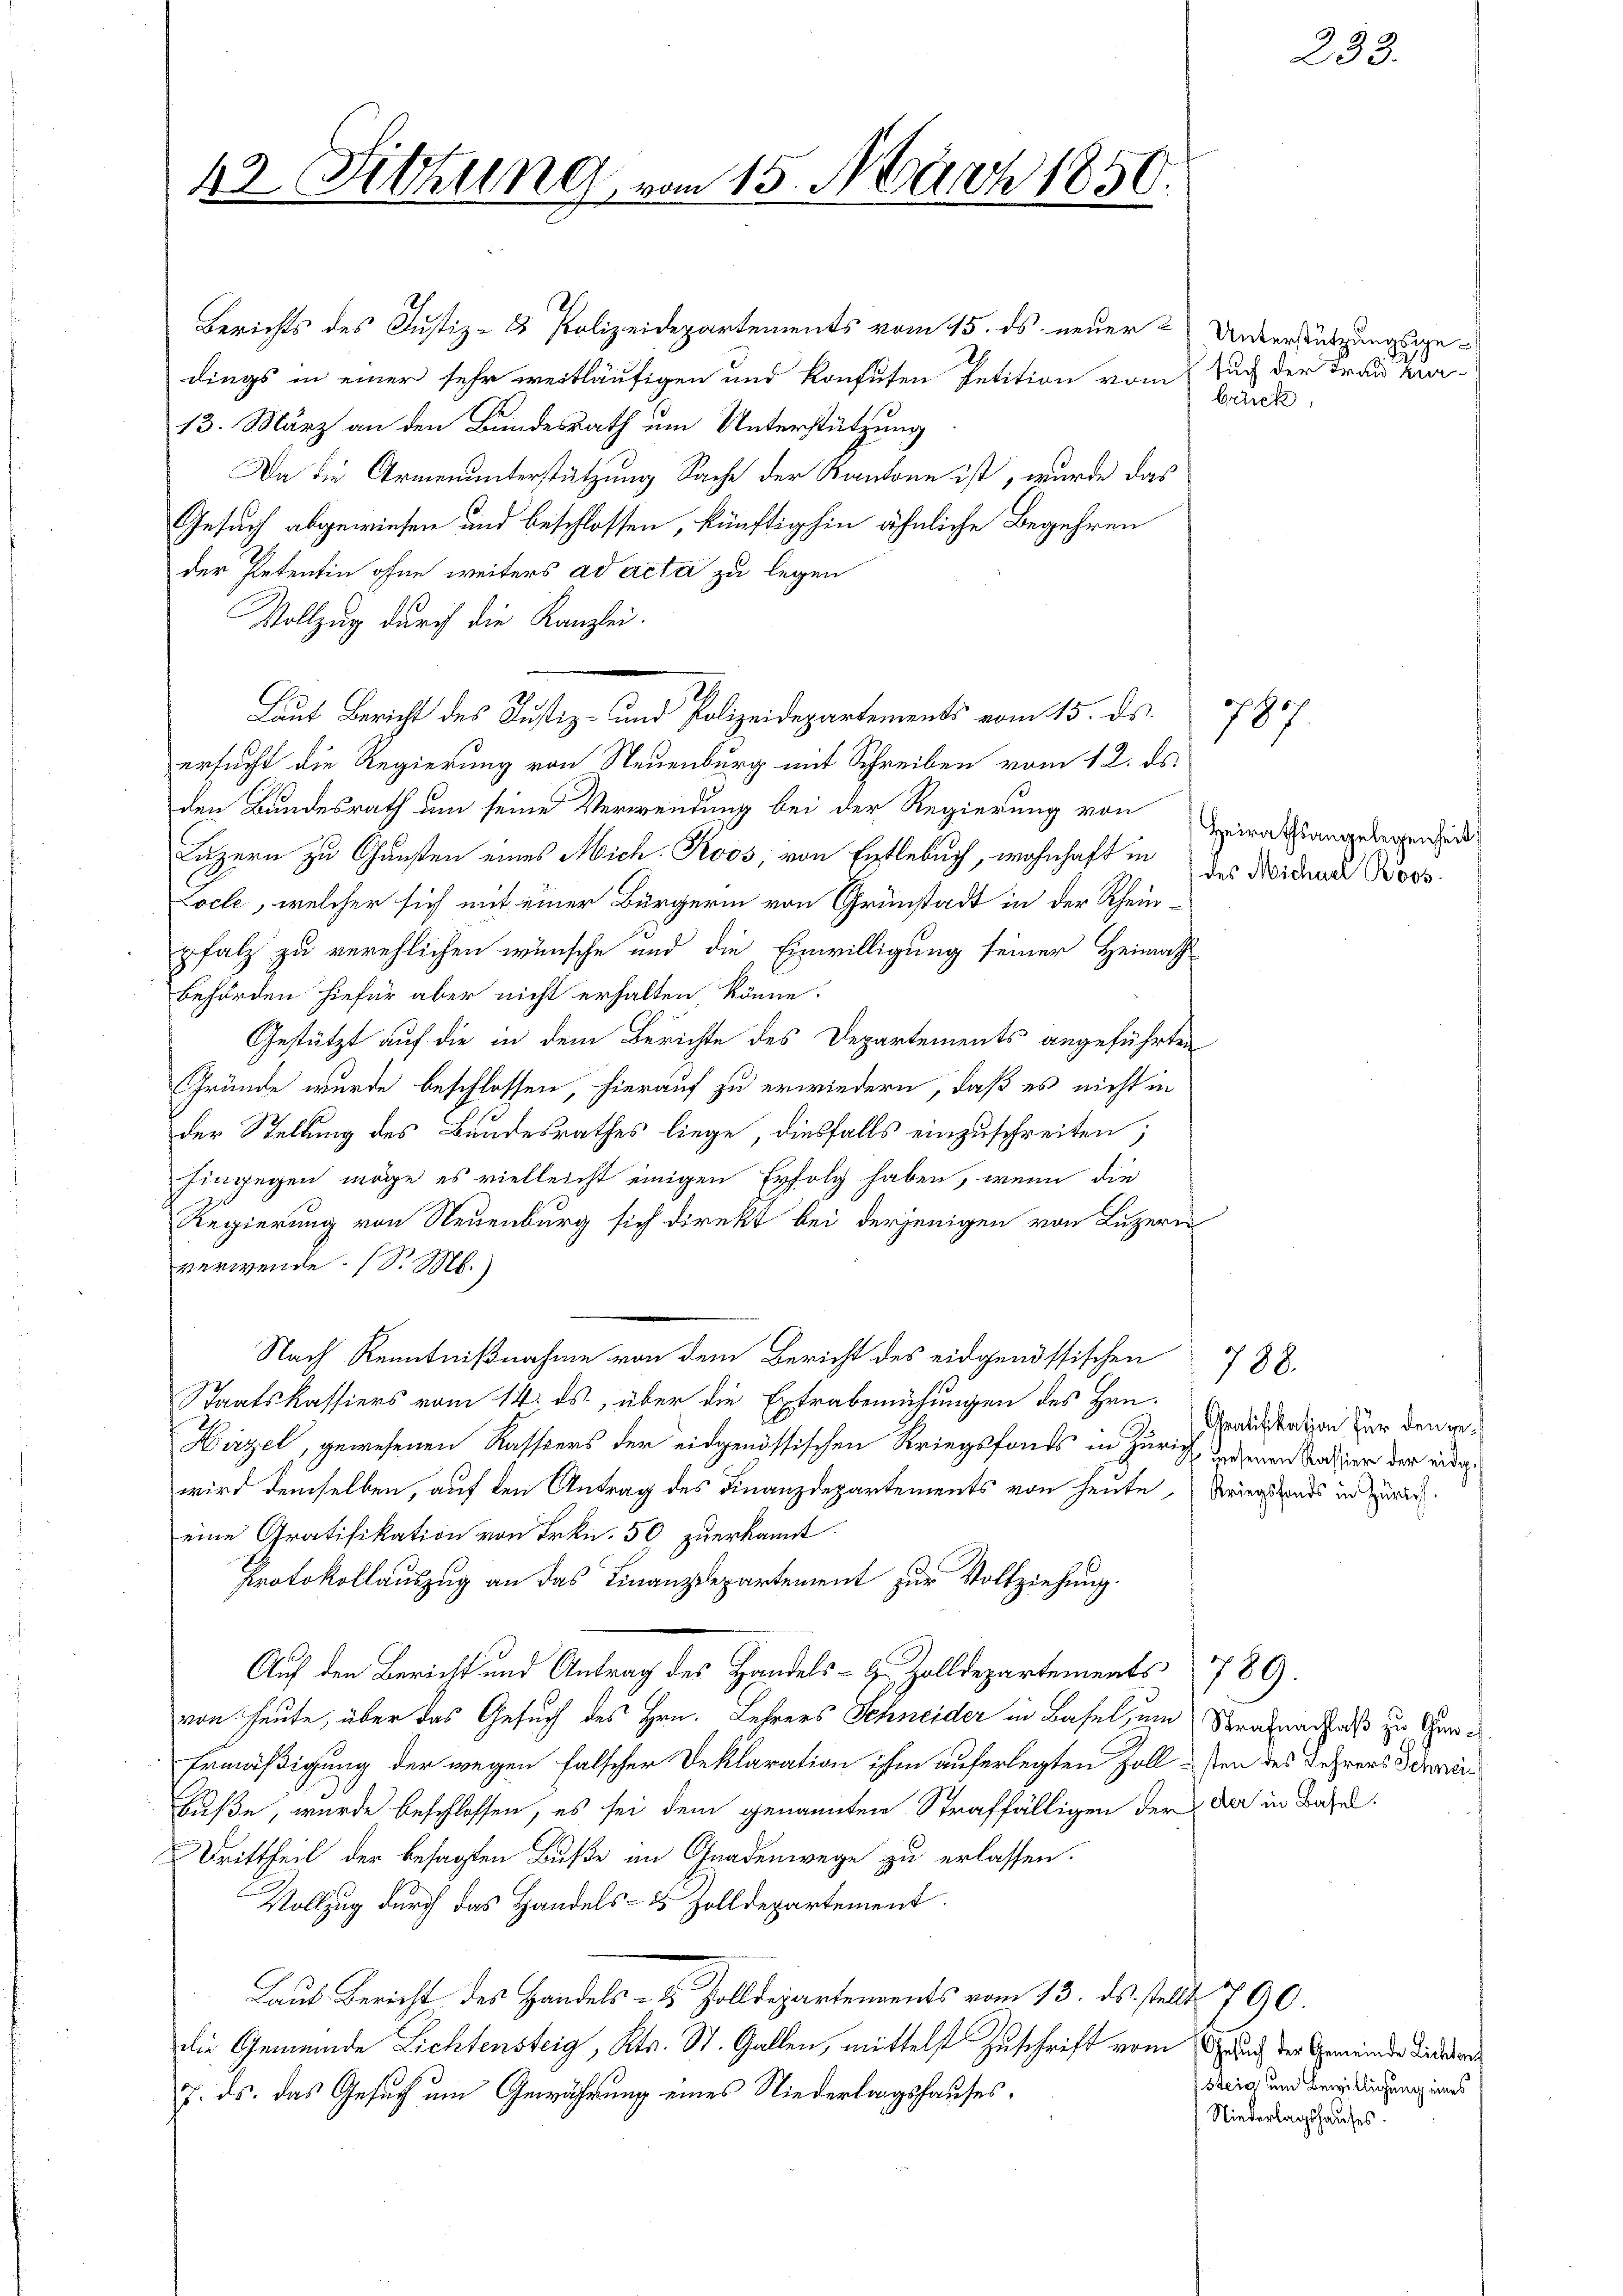
42 Sitzung vom 15. März 1850.

Berichts des Justiz- & Polizeidepartements vom 15. ds neuer & Unterstützungsgedings in einer sehr weitläufigen und konfuten Petition vom Nach der Frau Kra
13. März an den Bundesrath um Unterstützung
Da die Armenunterstützung Sache der Kantone ist, wurde das
Gesuch abgewiesen und beschlossen, künftighin ähnliche Begehren
der Petentin ohne weiters ad acta zu legen
Vollzug durch die Kanzlei.
Laut Bericht des Justiz- und Polizeidepartements vom 15. ds.
ersucht die Regierung von Neuenburg mit Schreiben vom 12. ds.
den Bundesrath um seine Verwendung bei der Regierung von Epirathsangelegen sind
Luzern zu Gunsten eines Mich. Roos, von Entlebuch, wohnhaft in des Morduan Ross
Locle, welcher sich mit einer Bürgerin von Grünstadt in der Rheinpfalz zu verehlichen wünsche und die Einwilligung seiner Heimath
Behörden hiefür aber nicht erhalten, könne.
Gestützt auf die in dem Berichte des Departements angeführten
Gründe wurde beschlossen, hierauf zu erwiedern, daß es nicht in
der Stellung des Bandesrathes liege, diesfalls einzuschreiten;
hingegen möge es vielleicht einigen Erfolg haben, wenn die
Regierung von Neuenburg sich direkt bei derjenigen von Luzern
verwende (S. M.)
Nach Kenntnißnahme von dem Bericht des eidgenössischen 788.
Staatskassiers vom 14. ds., über die Extrabemühungen des Hrn.
Hirzel, gewesenen Kassers der eidgenössischen Kriegsfonds in Zürich, man dahier der eidge
wird demselben, auf den Antrag des Finanzdepartements von heute, Kriegsfonds in Züricheine Gratifikation von Frkn. 50 zuerkannt.
Protokollauszug an das Finanzdepartement zur Vollziehung.
Auf den Bericht und Antrag des Handels- & Zolldepartements 789.
von heute, über das Gesuch des Hrn. Lehrers Schneider in Basel, um Strafnachlaß zu Geri
Ermäßigung der wegen falscher Deklaration ihm auferlegten Zollten des Lehrers Schreibuße, wurde beschlossen, es sei dem genannten Straffälligen der da in Base
Drittheil der besagten Buße an Gnadenwege zu erlassen.
Vollzug durch das Handels- & Zolldepartement.
Laut Bericht des Handels- & Zolldepartenvents vom 13. ds. stellt 790.
die Gemeinde Lichtensteig, Kts. St. Gallen, mittelst Zuschrift vom Grund der Gemeinde Direk
7. ds. das Gesuch um Gewährung eines Niederlagshauses,

brück

787

Gratifikation für den ge¬

233.

steig um Bewilligung eines
Niederlagshauses.